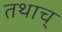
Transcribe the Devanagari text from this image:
तथाच्